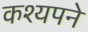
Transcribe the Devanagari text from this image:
कश्यपने